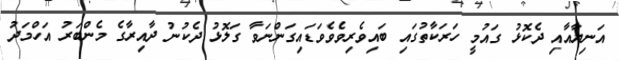
އަނިޔާއާއި ދެކޮޅު ގައުމީ ހަރަކާތުގައި ބައިވެރިވެވެވަޑައިގަންނަވާ ގަލޮޅު ދެކުނު ދާއިރާގެ މެންބަރު އަހްމަދު